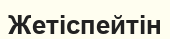
Жетіспейтін